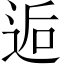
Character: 逅